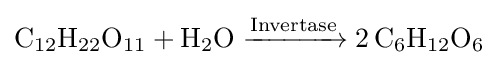
{\mathrm {C} {\vphantom {A}}_{\smash[{t}]{12}}\mathrm {H} {\vphantom {A}}_{\smash[{t}]{22}}\mathrm {O} {\vphantom {A}}_{\smash[{t}]{11}}{}+{}\mathrm {H} {\vphantom {A}}_{\smash[{t}]{2}}\mathrm {O} {}\mathrel {\xrightarrow {\text{Invertase}} } {}2\,\mathrm {C} {\vphantom {A}}_{\smash[{t}]{6}}\mathrm {H} {\vphantom {A}}_{\smash[{t}]{12}}\mathrm {O} {\vphantom {A}}_{\smash[{t}]{6}}}